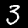
Digit: 3